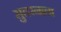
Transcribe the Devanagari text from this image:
सुतरनाला